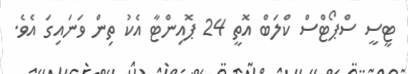
ޓީސީ ސްޕޯޓްސް ކްލަބް އޮތީ 24 ޕޮއިންޓާ އެކު ތިން ވަނައިގަ އެވެ.